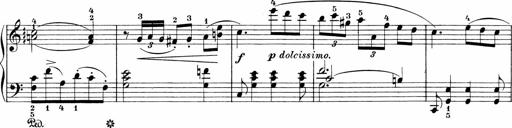
Title: Sonatinen Op.47, 98 und 136, nebst 6 Liedersonatinen
Composer: Carl Reinecke